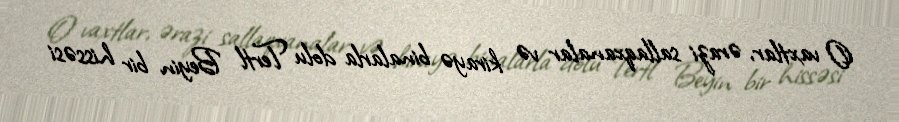
O vaxtlar, ərazi sallaqxanalar və kirayə binalarla dolu Tertl Beyin bir hissəsi